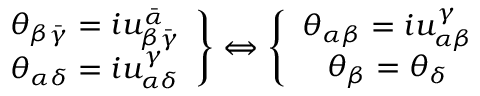
\left. \begin{array} { c } { { \theta _ { \beta \bar { \gamma } } = i u _ { \beta \bar { \gamma } } ^ { \bar { \alpha } } } } \\ { { \theta _ { \alpha \delta } = i u _ { \alpha \delta } ^ { \gamma } } } \end{array} \right\} \Leftrightarrow \left\{ \begin{array} { c } { { \theta _ { \alpha \beta } = i u _ { \alpha \beta } ^ { \gamma } } } \\ { { \theta _ { \beta } = \theta _ { \delta } } } \end{array} \right.